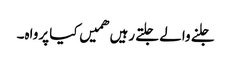
جلنے والے جلتے رہیں ھمیں کیا پرواہ۔